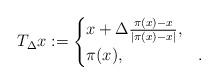
LaTeX: \begin{align*}T_\Delta x:=\begin{cases} x+\Delta \frac{\pi(x)-x}{|\pi(x)-x|}, & \\ \pi(x), & . \end{cases} \end{align*}